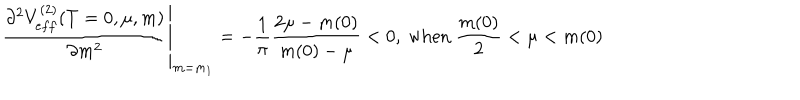
LaTeX: \left. \frac { \partial ^ { 2 } V _ { e f f } ^ { ( 2 ) } ( T = 0 , \mu , m ) } { \partial m ^ { 2 } } \right| _ { m = m _ { 1 } } = - \frac { 1 } { \pi } \frac { 2 \mu - m ( 0 ) } { m ( 0 ) - \mu } < 0 , \ \mathrm { w h e n } \ \frac { m ( 0 ) } { 2 } < \mu < m ( 0 )